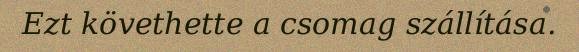
Ezt követhette a csomag szállítása.